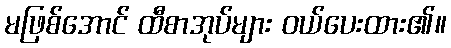
မဖြစ်အောင် ထီစာအုပ်များ ဝယ်ပေးထား၏။